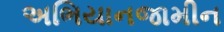
અભિયાનજામીન